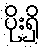
ပိုးရှိ